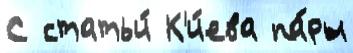
С статьи́ К'и́ева па́ры